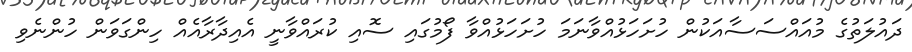
ދައުލަތުގެ މުއައްސަސާއަކުން ހުށަހަޅުއްވާނަމަ ހުށަހަޅުއްވާ ފޯމުގައި ސޮއި ކުރައްވާނީ އެއިދާރާއެއް ހިންގަވަން ހުންނެވި